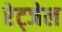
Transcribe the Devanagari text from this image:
रेट्जेल